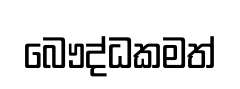
බෞද්ධකමත්